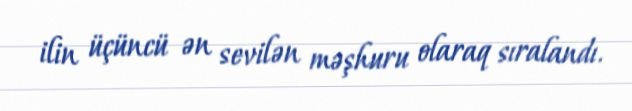
ilin üçüncü ən sevilən məşhuru olaraq sıralandı.